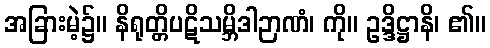
အခြားမဲ့၌။ နိရုတ္တိပဋိသမ္ဘိဒါဉာဏံ၊ ကို။ ဥဒ္ဒိဋ္ဌာနိ၊ ၏။